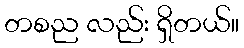
တစည လည်း ရှိတယ်။